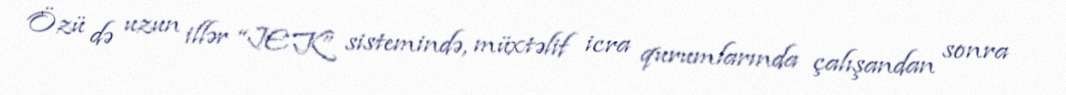
Özü də uzun illər “JEK” sistemində, müxtəlif icra qurumlarında çalışandan sonra